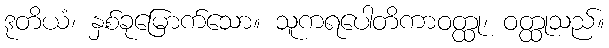
ဒုတိယံ၊ နှစ်ခုမြောက်သော။ သူကရပေါတိကာဝတ္ထု၊ ဝတ္ထုသည်။